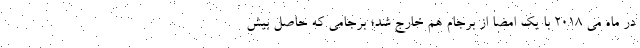
در ماه می 2018 با یک امضا از برجام هم خارج شد؛ برجامی که حاصل بیش